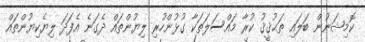
ކޮމިޝަނުން ބަލައި ތަޙުޤީޤު ކުރާ މައްސަލަތަކާ ގުޅުންހުރި ލިޔުންތައް ދެގަނެ އެފަދަ ލިޔެކިޔުންތައް